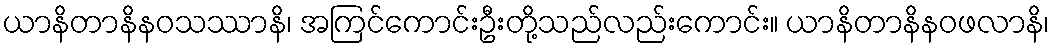
ယာနိတာနိနဝသဿာနိ၊ အကြင်ကောင်းဦးတို့သည်လည်းကောင်း။ ယာနိတာနိနဝဖလာနိ၊